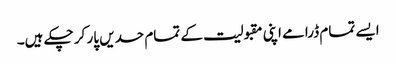
ایسے تمام ڈرامے اپنی مقبولیت کے تمام حدیں پار کر چکے ہیں۔